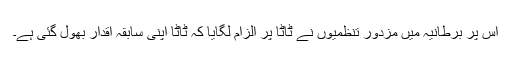
اس پر برطانیہ میں مزدور تنظمیوں نے ٹاٹا پر الزام لگایا کہ ٹاٹا اپنی سابقہ اقدار بھول گئی ہے۔